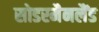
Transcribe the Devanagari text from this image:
सोडरमैनलैंड